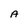
Character: A